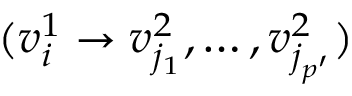
( v _ { i } ^ { 1 } \rightarrow v _ { j _ { 1 } } ^ { 2 } , \ldots , v _ { j _ { p ^ { \prime } } } ^ { 2 } )